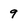
Character: 9